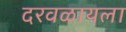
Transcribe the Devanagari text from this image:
दरवळायला